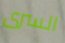
السرى